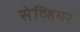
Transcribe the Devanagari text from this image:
सेव्हियर